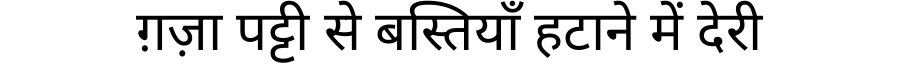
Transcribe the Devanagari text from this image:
ग़ज़ा पट्टी से बस्तियाँ हटाने में देरी